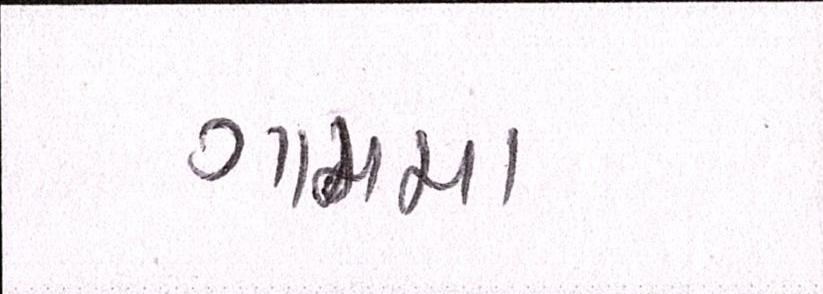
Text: ગામમા